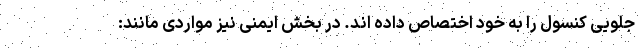
جلویی کنسول را به خود اختصاص داده اند. در بخش ایمنی نیز مواردی مانند: